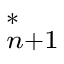
_ { n + 1 } ^ { * }